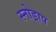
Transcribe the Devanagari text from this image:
स्नोड्राप